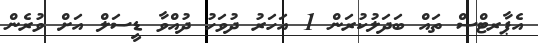
އެޕާރޓްސް ތައް ބަދަލުކުރަން 1 އަހަރު ދުވަހު ދުއްވާ ޑީސަލް އަށް ވުރެން